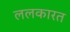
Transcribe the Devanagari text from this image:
ललकारत